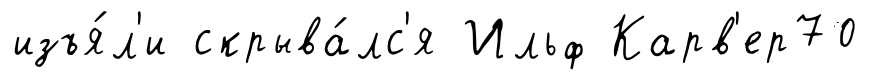
изъя́л'и скрыва́лс'я Ильф Карв'ер70